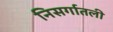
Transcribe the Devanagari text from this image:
निसर्गातली